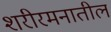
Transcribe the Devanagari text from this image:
शरीरमनातील